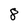
Character: 8